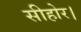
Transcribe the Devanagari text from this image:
सीहोर।